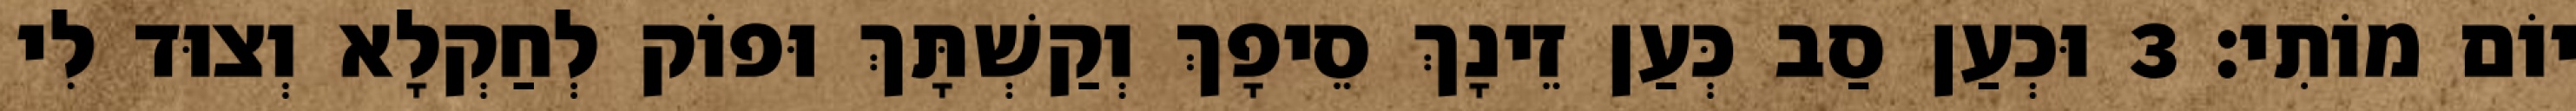
יוֹם מוֹתִי׃ 3 וּכְעַן סַב כְּעַן זֵינָךְ סֵיפָךְ וְקַשְׁתָּךְ וּפוֹק לְחַקְלָא וְצוּד לִי